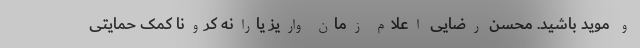
و موید باشید. محسن رضایی اعلام زمان واریز یارانه کرونا کمک حمایتی